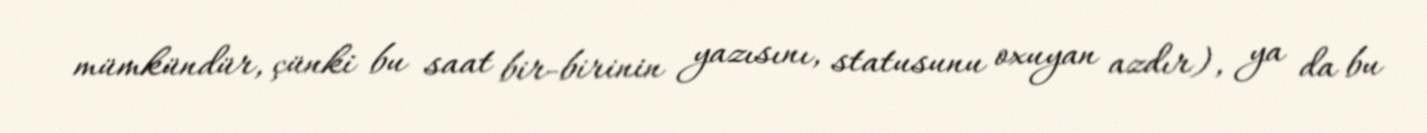
mümkündür, çünki bu saat bir-birinin yazısını, statusunu oxuyan azdır), ya da bu